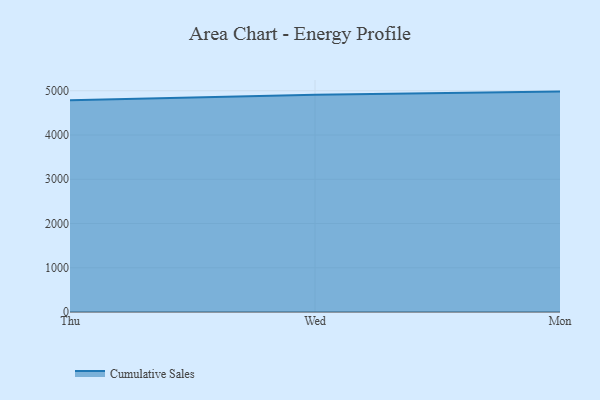
{"axis": {"x": "Day", "y": "Inventory Turnover"}, "legend": ["Cumulative Sales"], "data": [{"x": "Thu", "y": 4785.0, "type": "Cumulative Sales"}, {"x": "Wed", "y": 4907.7, "type": "Cumulative Sales"}, {"x": "Mon", "y": 4981.1, "type": "Cumulative Sales"}]}